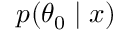
p ( \theta _ { 0 } \mid x )